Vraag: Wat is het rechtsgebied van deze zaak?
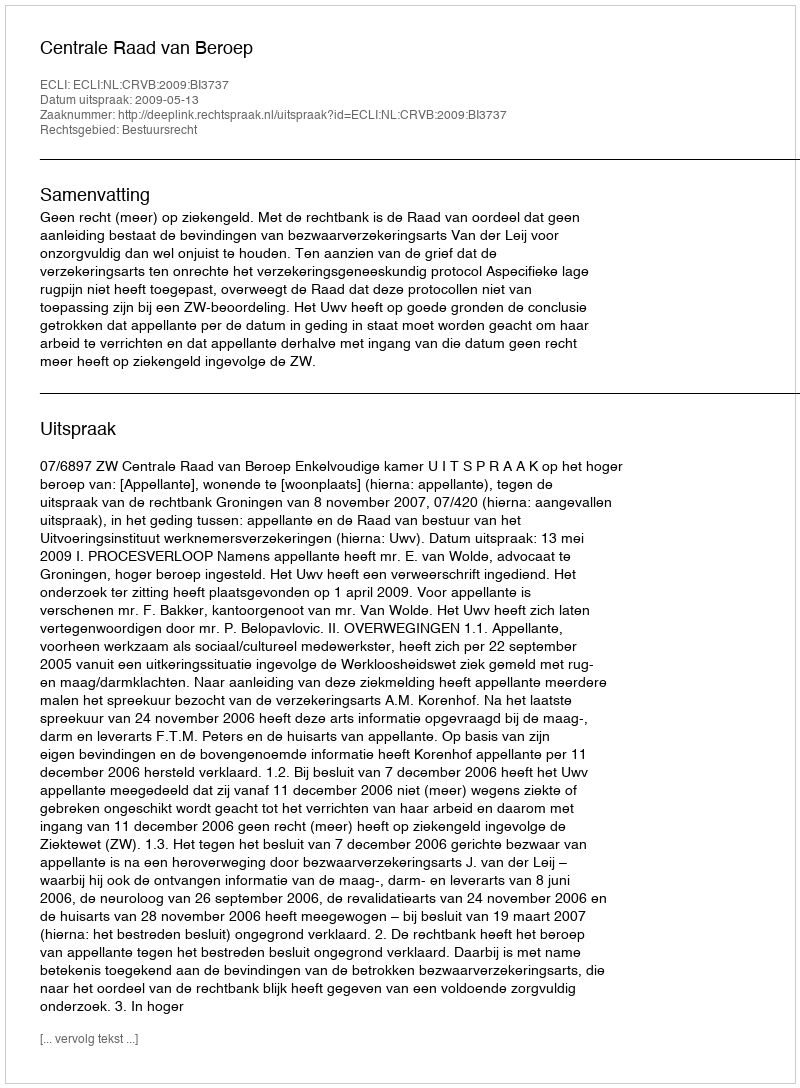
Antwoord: Bestuursrecht